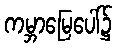
ကမ္ဘာမြေပေါ်၌